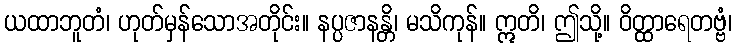
ယထာဘူတံ၊ ဟုတ်မှန်သောအတိုင်း။ နပ္ပဇာနန္တိ၊ မသိကုန်။ ဣတိ၊ ဤသို့။ ဝိတ္ထာရေတဗ္ဗံ၊